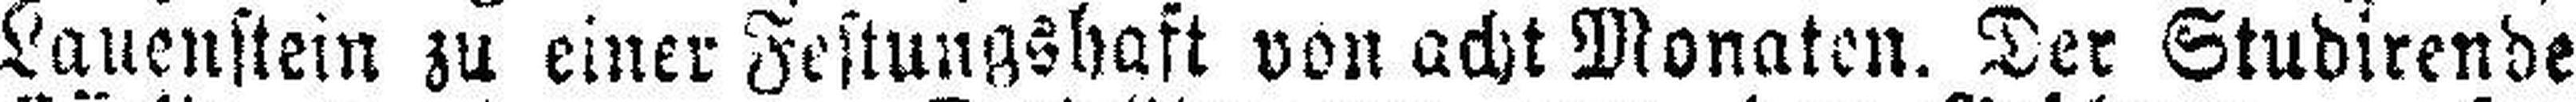
Lauenstein zu einer Festungshaft von acht Monaten. Der Studirende